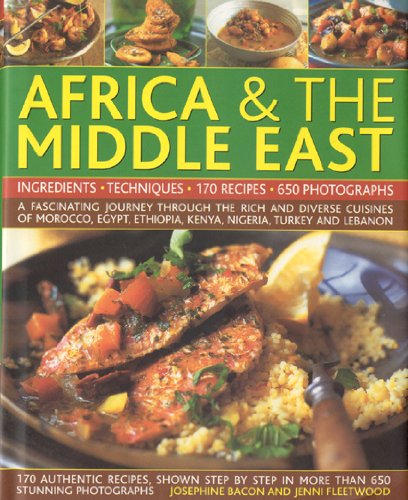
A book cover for Illustrated Food & Cooking of Africa and Middle East; Josephine Bacon; Cookbooks, Food & Wine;